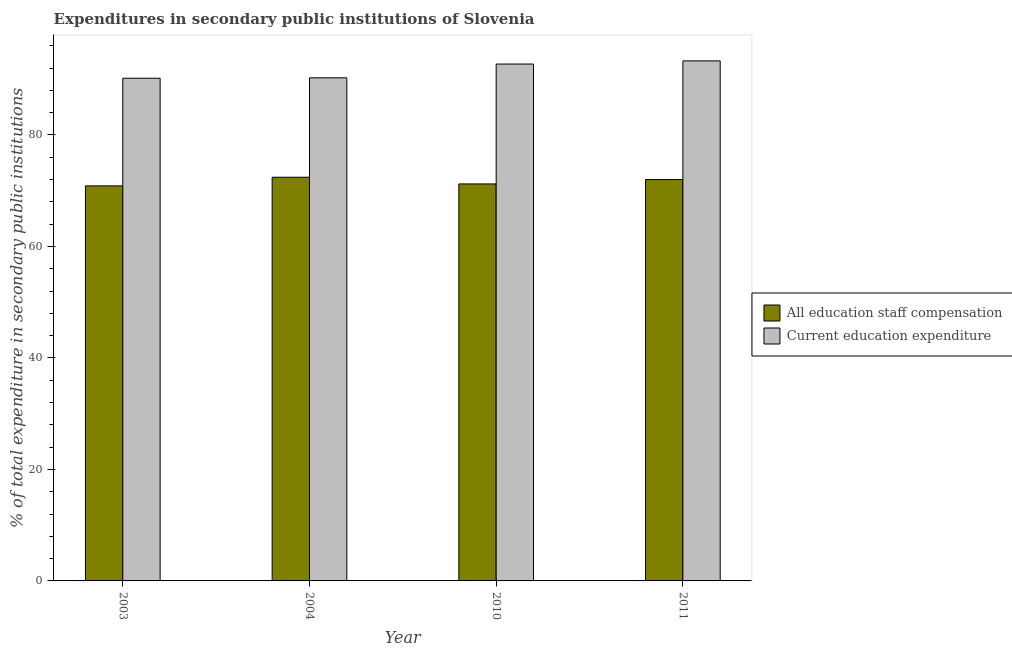
| Year | All education staff compensation | Current education expenditure |
 | --- | --- | --- |
 | 2003 | 70.9 | 90.2 |
 | 2004 | 72.4 | 90.3 |
 | 2010 | 71.2 | 92.7 |
 | 2011 | 72 | 93.3 |